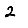
Digit: 2